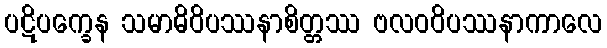
ပဋိပက္ခေန သမာဓိဝိပဿနာစိတ္တဿ ဗလဝဝိပဿနာကာလေ